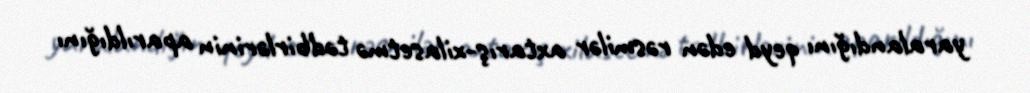
yaralandığını qeyd edən rəsmilər axtarış-xilasetmə tədbirlərinin aparıldığını